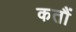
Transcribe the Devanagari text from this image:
कतौं